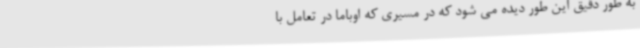
به طور دقیق این طور دیده می شود که در مسیری که اوباما در تعامل با